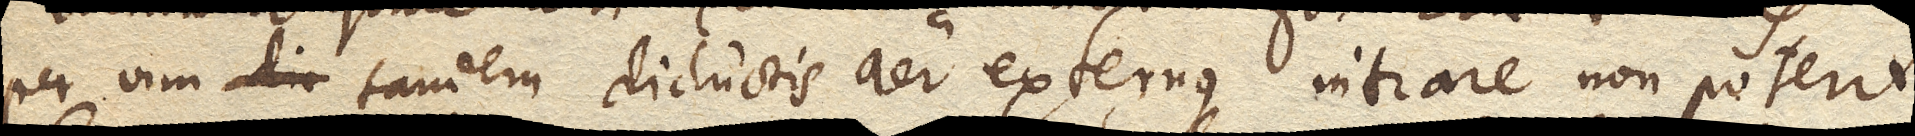
per vim tandem diductis aer externus intrare non poterit.